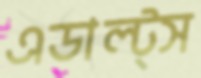
এডাল্ট্স